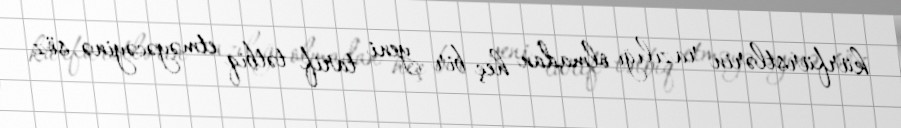
kürfürstlərin razılığı olmadan heç bir yeni tarif tətbiq etməyəcəyinə söz